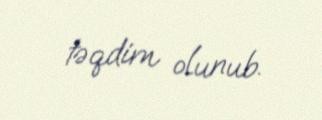
təqdim olunub.